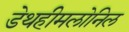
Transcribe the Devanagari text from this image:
डेथहीमलोनिल